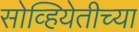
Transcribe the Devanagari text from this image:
सोव्हियेतीच्या